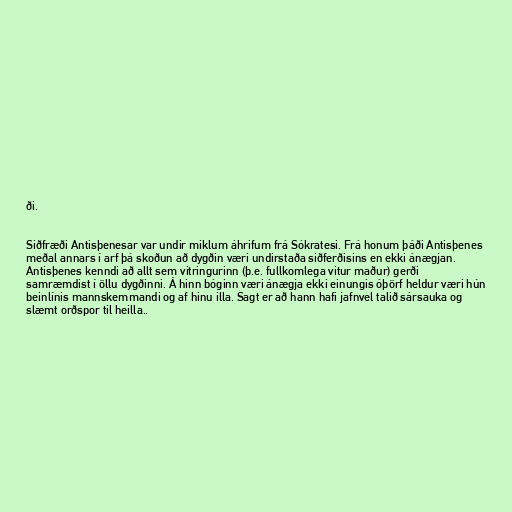
ði.

Siðfræði Antisþenesar var undir miklum áhrifum frá Sókratesi. Frá honum þáði Antisþenes
meðal annars í arf þá skoðun að dygðin væri undirstaða siðferðisins en ekki ánægjan.
Antisþenes kenndi að allt sem vitringurinn (þ.e. fullkomlega vitur maður) gerði
samræmdist í öllu dygðinni. Á hinn bóginn væri ánægja ekki einungis óþörf heldur væri hún
beinlínis mannskemmandi og af hinu illa. Sagt er að hann hafi jafnvel talið sársauka og
slæmt orðspor til heilla..